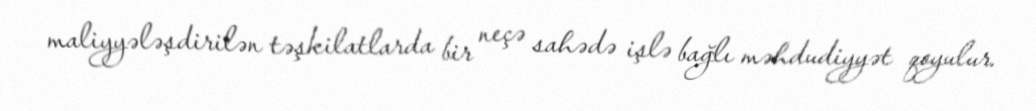
maliyyələşdirilən təşkilatlarda bir neçə sahədə işlə bağlı məhdudiyyət qoyulur.